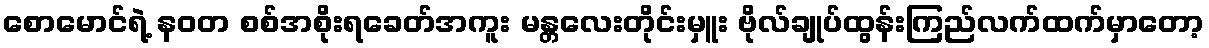
စောမောင်ရဲ့ နဝတ စစ်အစိုးရခေတ်အကူး မန္တလေးတိုင်းမှူး ဗိုလ်ချုပ်ထွန်းကြည်လက်ထက်မှာတော့